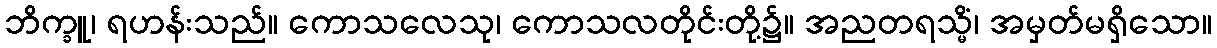
ဘိက္ခူ၊ ရဟန်းသည်။ ကောသလေသု၊ ကောသလတိုင်းတို့၌။ အညတရသ္မိံ၊ အမှတ်မရှိသော။